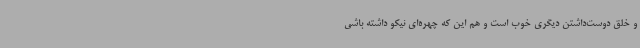
و خلق دوست‌داشتن دیگری خوب است و هم این که چهره‌ای نیکو داشته باشی